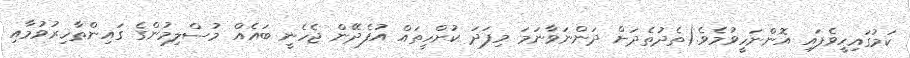
ކަމުގައިހީވެފައި އޮންނަހީވުމެވެ.(ތެދުތެދަށް ދަންނަވާނަމަ މިފަދަ ކުށްހީތައް އުފެދޭން ޖެހެނީ ބައެއް މުސްލިމުންގެ ގައިންތާހިރުވުމާއި